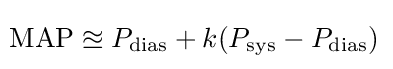
\!{\text{MAP}}\approxeq P_{\text{dias}}+k(P_{\text{sys}}-P_{\text{dias}})